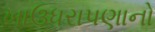
ખાઉધરાપણાનો